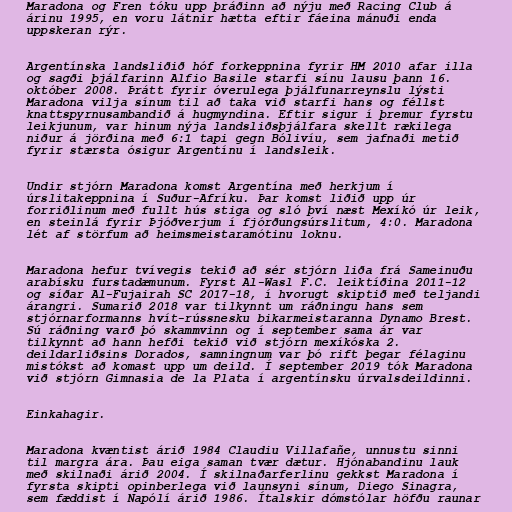
Maradona og Fren tóku upp þráðinn að nýju með Racing Club á
árinu 1995, en voru látnir hætta eftir fáeina mánuði enda
uppskeran rýr.

Argentínska landsliðið hóf forkeppnina fyrir HM 2010 afar illa
og sagði þjálfarinn Alfio Basile starfi sínu lausu þann 16.
október 2008. Þrátt fyrir óverulega þjálfunarreynslu lýsti
Maradona vilja sínum til að taka við starfi hans og féllst
knattspyrnusambandið á hugmyndina. Eftir sigur í þremur fyrstu
leikjunum, var hinum nýja landsliðsþjálfara skellt rækilega
niður á jörðina með 6:1 tapi gegn Bólivíu, sem jafnaði metið
fyrir stærsta ósigur Argentínu í landsleik.

Undir stjórn Maradona komst Argentína með herkjum í
úrslitakeppnina í Suður-Afríku. Þar komst liðið upp úr
forriðlinum með fullt hús stiga og sló því næst Mexíkó úr leik,
en steinlá fyrir Þjóðverjum í fjórðungsúrslitum, 4:0. Maradona
lét af störfum að heimsmeistaramótinu loknu.

Maradona hefur tvívegis tekið að sér stjórn liða frá Sameinuðu
arabísku furstadæmunum. Fyrst Al-Wasl F.C. leiktíðina 2011-12
og síðar Al-Fujairah SC 2017-18, í hvorugt skiptið með teljandi
árangri. Sumarið 2018 var tilkynnt um ráðningu hans sem
stjórnarformanns hvít-rússnesku bikarmeistaranna Dynamo Brest.
Sú ráðning varð þó skammvinn og í september sama ár var
tilkynnt að hann hefði tekið við stjórn mexíkóska 2.
deildarliðsins Dorados, samningnum var þó rift þegar félaginu
mistókst að komast upp um deild. Í september 2019 tók Maradona
við stjórn Gimnasia de la Plata í argentínsku úrvalsdeildinni.

Einkahagir.

Maradona kvæntist árið 1984 Claudiu Villafañe, unnustu sinni
til margra ára. Þau eiga saman tvær dætur. Hjónabandinu lauk
með skilnaði árið 2004. Í skilnaðarferlinu gekkst Maradona í
fyrsta skipti opinberlega við launsyni sínum, Diego Sinagra,
sem fæddist í Napólí árið 1986. Ítalskir dómstólar höfðu raunar